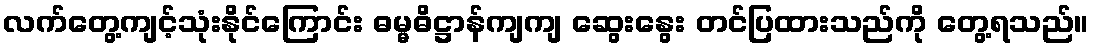
လက်တွေ့ကျင့်သုံးနိုင်ကြောင်း ဓမ္မဓိဋ္ဌာန်ကျကျ ဆွေးနွေး တင်ပြထားသည်ကို တွေ့ရသည်။